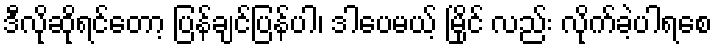
ဒီလိုဆိုရင်တော့ ပြန်ချင်ပြန်ပါ၊ ဒါပေမယ့် မြိုင် လည်း လိုက်ခဲ့ပါရစေ